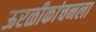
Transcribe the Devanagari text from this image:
ऊरळीकांचनला